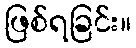
ဖြစ်ရခြင်း။